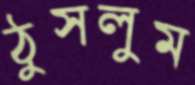
ঠুসলুম